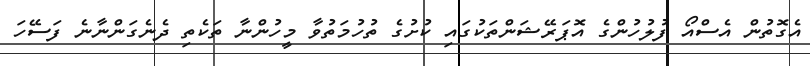
އެގޮތުން އެސްއޯ ފުލުހުންގެ އޮޕަރޭޝަންތަކުގައި ކުށުގެ ތުހުމަތުވާ މީހުންނާ ތަކެތި ދެނެގަންނާނެ ފަސޭހަ